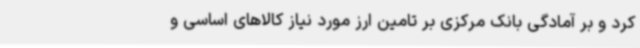
کرد و بر آمادگی بانک مرکزی بر تامین ارز مورد نیاز کالاهای اساسی و